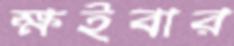
ক্ষইবার